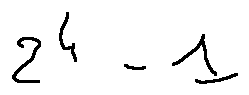
2 ^ { 4 } - 1